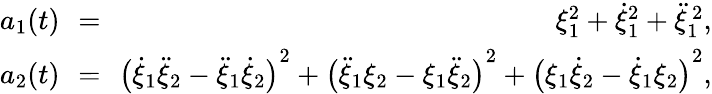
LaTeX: \begin{array}{rlr}{a_{1}(t)}&{\! \! =\! \! }&{\xi_{1}^{2}+\dot{\xi}_{1}^{2}+\ddot{\xi}_{1}^{\, 2},}\\ {a_{2}(t)}&{\! \! =\! \! }&{{\big(\dot{\xi}_{1}\ddot{\xi}_{2}-\ddot{\xi}_{1}\dot{\xi}_{2}\big)}^{2}+{\big(\ddot{\xi}_{1}\xi_{2}-\xi_{1}\ddot{\xi}_{2}\big)}^{2}+{\big(\xi_{1}\dot{\xi}_{2}-\dot{\xi}_{1}\xi_{2}\big)}^{2},}\end{array}